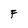
Character: F